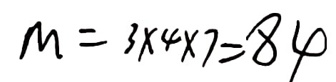
$m = 3\times4\times7 = 84$